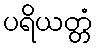
ပရိယတ္တံ